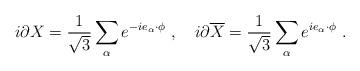
LaTeX: \begin{align*} i \partial X = {1 \over {\sqrt 3}} \sum_\alpha e^{-ie_\alpha \cdot \phi}~,~~~ i \partial {\overline X} = {1 \over {\sqrt 3}} \sum_\alpha e^{ie_\alpha \cdot \phi}~.\end{align*}